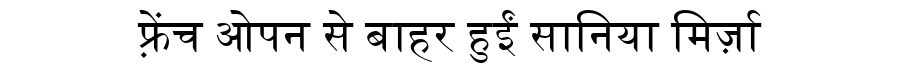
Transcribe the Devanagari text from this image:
फ़्रेंच ओपन से बाहर हुईं सानिया मिर्ज़ा